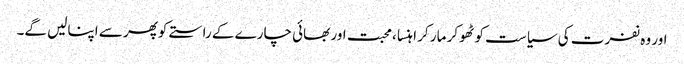
اور وہ نفرت کی سیاست کو ٹھوکر مار کر اہنسا ،محبت اور بھائی چارے کے راستے کوپھر سے اپنالیں گے۔